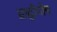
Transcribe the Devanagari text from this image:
प्राद्वीपीय